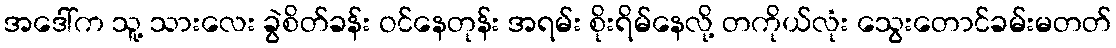
အဒေါ်က သူ့ သားလေး ခွဲစိတ်ခန်း ဝင်နေတုန်း အရမ်း စိုးရိမ်နေလို့ တကိုယ်လုံး သွေးတောင်ခမ်းမတတ်